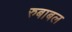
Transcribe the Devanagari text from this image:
रुबाबल